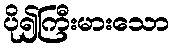
ပို၍ကြီးမားသော